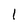
Character: l